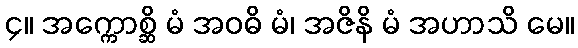
၄။ အက္ကောစ္ဆိ မံ အဝဓိ မံ၊ အဇိနိ မံ အဟာသိ မေ။